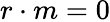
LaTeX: r\cdot m=0